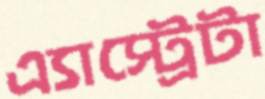
এ্যাস্ট্রেটা